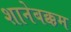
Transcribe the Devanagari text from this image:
शानेबक्कम